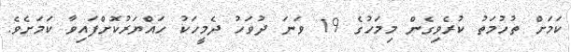
ކަމަށް ތުހުމަތު ކުރެވިގެން މިމަހުގެ 19 ވަނަ ދުވަހު ދެމީހަކު ހައްޔަރުކޮށްފައިވާ ކަމަށެވެ.